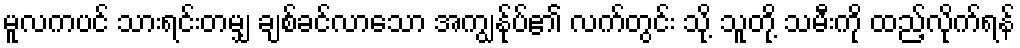
မူလကပင် သားရင်းတမျှ ချစ်ခင်လာသော အကျွန်ုပ်၏ လက်တွင်း သို့ သူတို့ သမီးကို ထည့်လိုက်ရန်